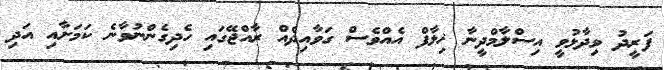
ފަރީދު ވިދާޅުވީ އިސްލާމްދީނާ ޚިލާފް އެއްވެސް ގަވާއިދެއް ރާއްޖޭގައި ހެދިގެންނުވާނެ ކަމަށާއި އަދި